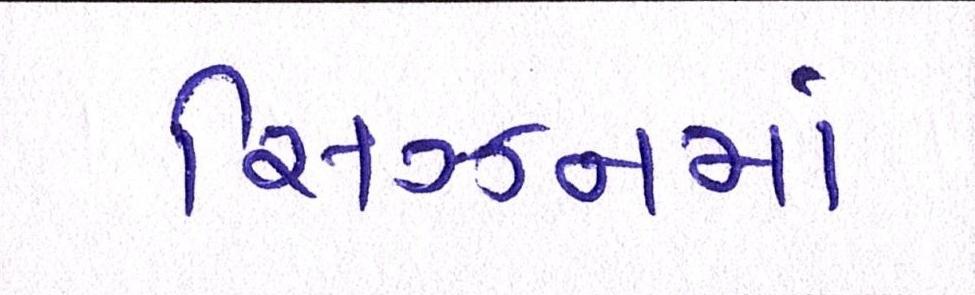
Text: સિઝનમાં